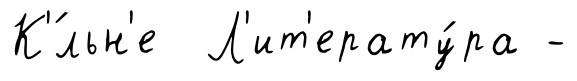
К'́льн'е Л'ит'ерату́ра -